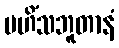
မဟိံသဘူတာနံ